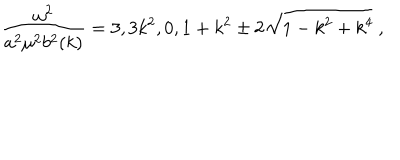
\frac { \omega ^ { 2 } } { a ^ { 2 } \mu ^ { 2 } b ^ { 2 } ( k ) } = 3 , 3 k ^ { 2 } , 0 , 1 + k ^ { 2 } \pm 2 \sqrt { 1 - k ^ { 2 } + k ^ { 4 } } ~ ,